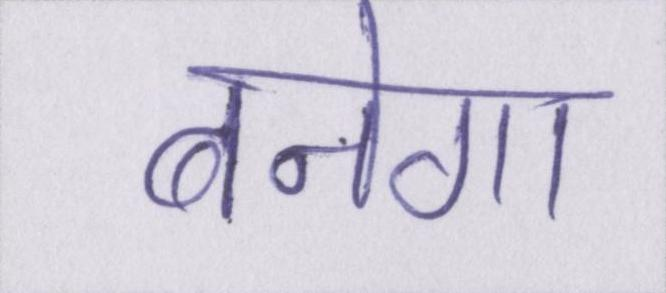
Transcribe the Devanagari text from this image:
बनेगा